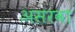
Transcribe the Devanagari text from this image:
असरवा